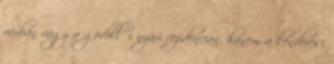
várban vagy a gödöllői nyári rezidencián, hanem a kenderesi